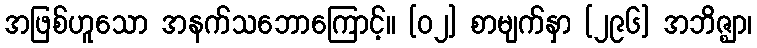
အဖြစ်ဟူသော အနက်သဘောကြောင့်။ [၀၂] စာမျက်နှာ [၂၉၆] အဘိဇ္ဈာ၊